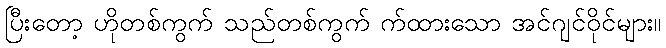
ပြီးတော့ ဟိုတစ်ကွက် သည်တစ်ကွက် က်ထားသော အင်ဂျင်ဝိုင်များ။